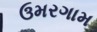
ઉમરગામ